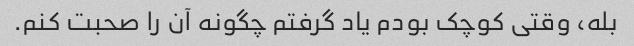
بله، وقتی کوچک بودم یاد گرفتم چگونه آن را صحبت کنم.